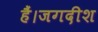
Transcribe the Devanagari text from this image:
हैं।जगदीश